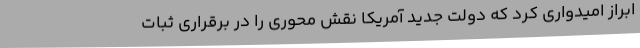
ابراز امیدواری کرد که دولت جدید آمریکا نقش محوری را در برقراری ثبات